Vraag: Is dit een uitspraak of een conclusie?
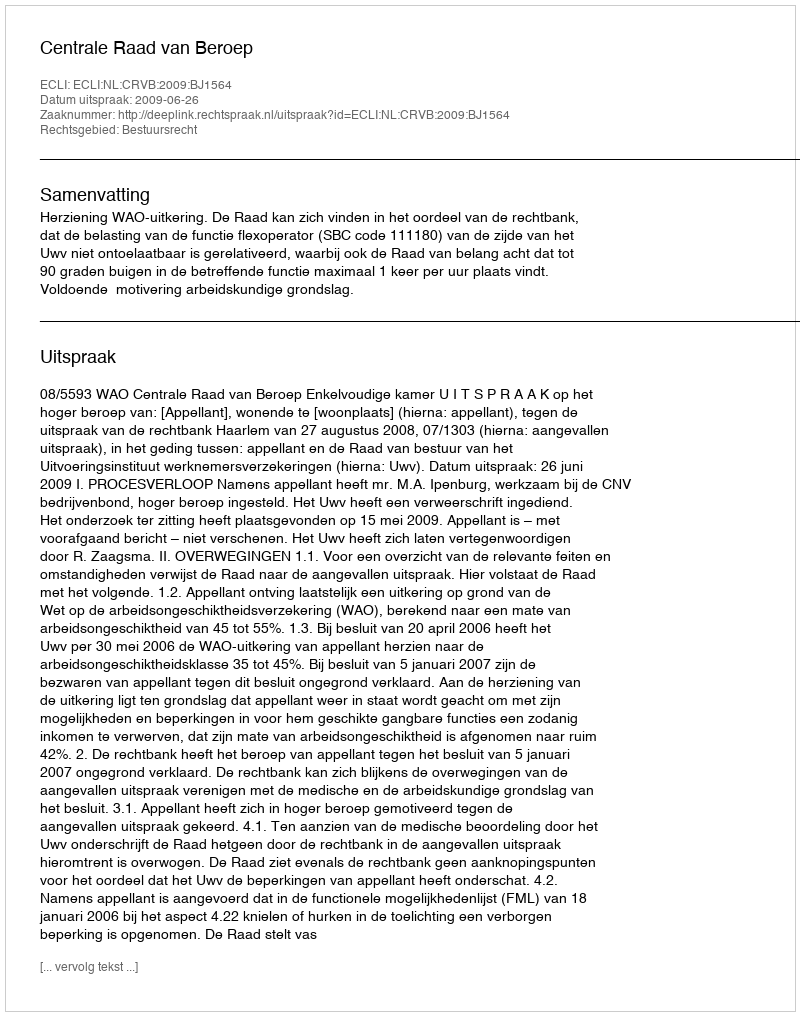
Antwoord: Uitspraak